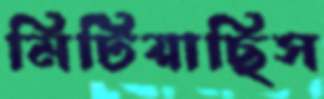
মিটিয়াছিস